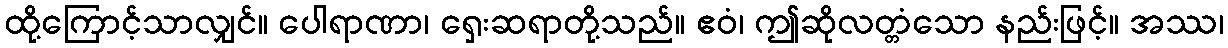
ထို့ကြောင့်သာလျှင်။ ပေါရာဏာ၊ ရှေးဆရာတို့သည်။ ဧဝံ၊ ဤဆိုလတ္တံသော နည်းဖြင့်။ အဿ၊